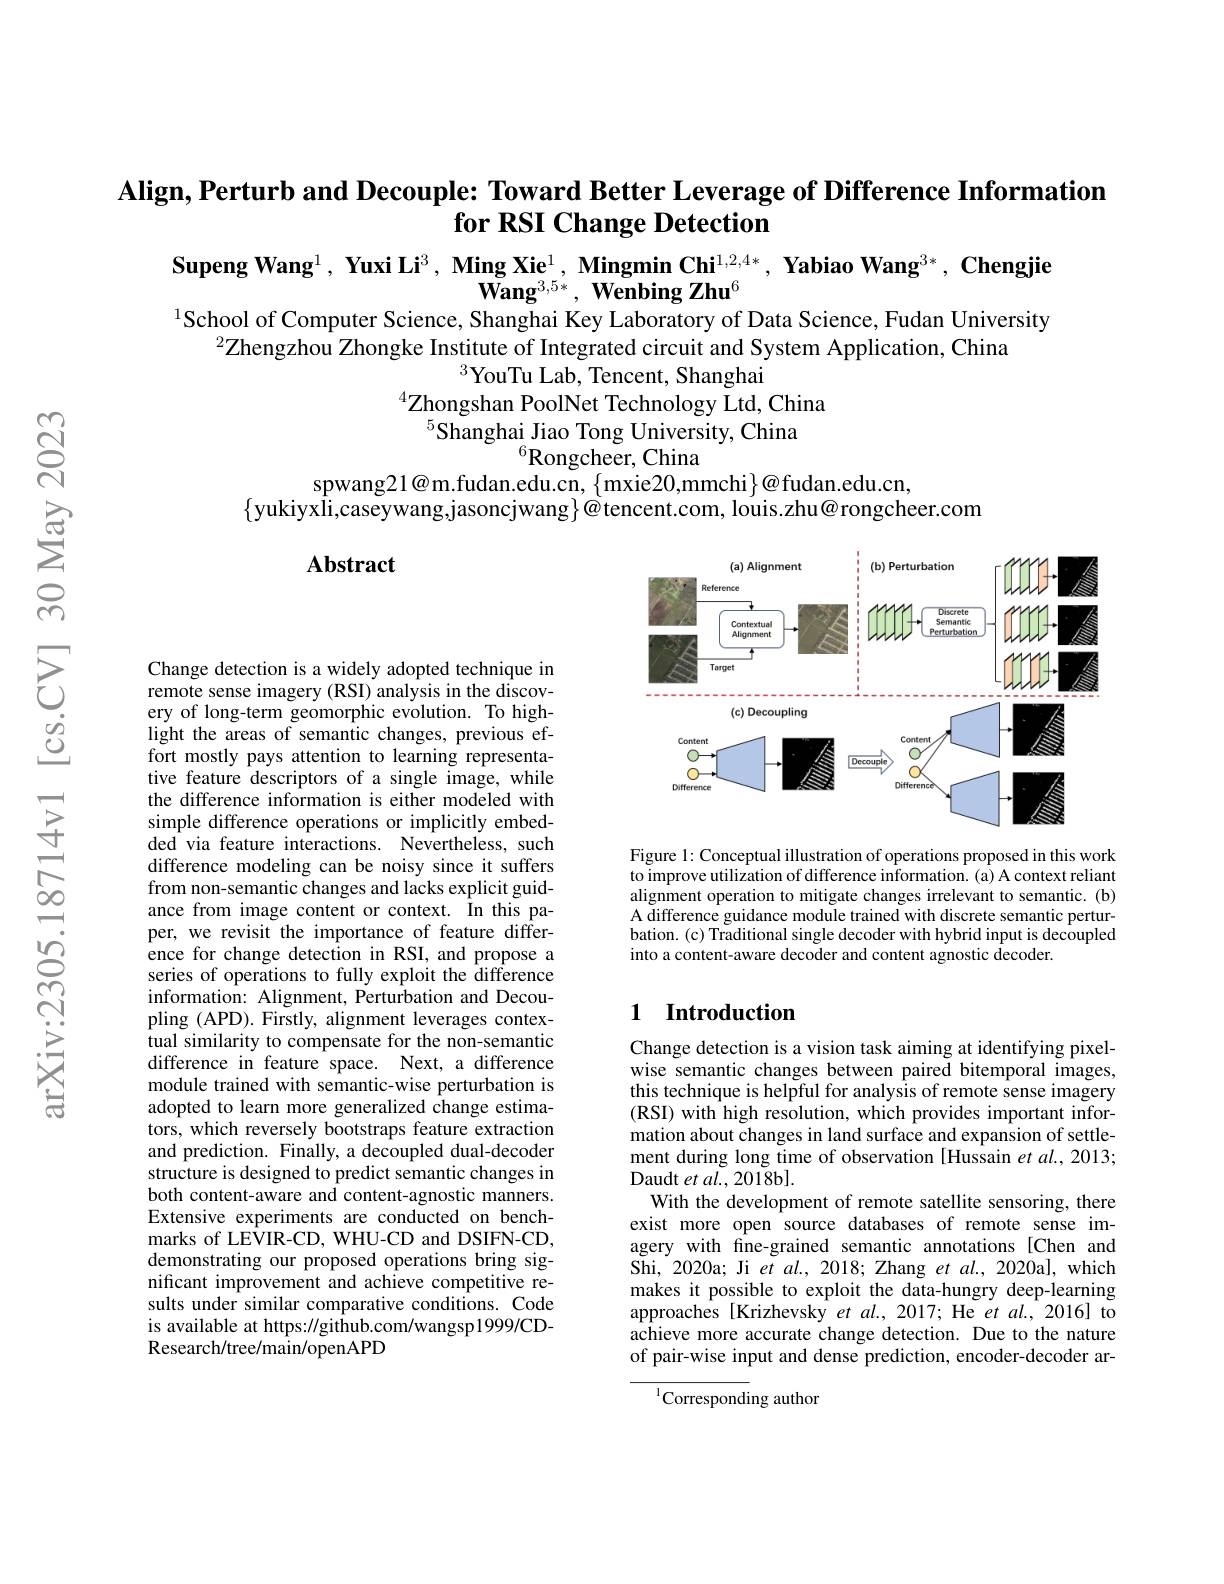
Align, Perturb and Decouple: Toward Better Leverage of Difference Information
$\textbf{for RSI Change Detection}$

$\begin{array}{c}\text{Supeng Wang}^1,\textbf{ Yuxi Li}^3,\textbf{ Ming Xie}^1,\textbf{ Mingmin Chi}^{1,2,4*},\textbf{ Yabiao Wang}^{3*},\textbf{ Chengjie}\\\textbf{Wang}^{3,5*},\textbf{ Wenbing Zhu}^6\end{array}$

$^{1}$School of Computer Science, Shanghai Key Laboratory of Data Science, Fudan University
$^{2}\hat{\text{Zhengzhou Zhongke Institute of Integrated circuit and System Application, China}}$
$^{3}$YouTu Lab, Tencent, Shanghai
$^{4}$Zhongshan PoolNet Technology Ltd, China
$^{5}$Shanghai Jiao Tong University, China
$^{6}$Rongcheer, China
spwang21@m.fudan.edu.cn, $\{$mxie20,mmchi$\}@$fudan.edu.cn,
$\{$yukiyxli,caseywang,jasoncjwang$\}@$tencent.com, louis.zhu@rongcheer.com

Abstract

<FigureHere>

Figure 1: Conceptual illustration of operations proposed in this work to improve utilization of difference information. (a) A context reliant alignment operation to mitigate changes irrelevant to semantic. (b) A difference guidance module trained with discrete semantic perturbation. (c) Traditional single decoder with hybrid input is decoupled into a content-aware decoder and content agnostic decoder.

Change detection is a widely adopted technique in remote sense imagery (RSI) analysis in the discovery of long-term geomorphic evolution. To highlight the areas of semantic changes, previous effort mostly pays attention to learning representative feature descriptors of a single image, while the difference information is either modeled with simple difference operations or implicitly embedded via feature interactions. Nevertheless, such difference modeling can be noisy since it suffers from non-semantic changes and lacks explicit guidance from image content or context. In this paper, we revisit the importance of feature difference for change detection in RSI, and propose a series of operations to fully exploit the difference information: Alignment, Perturbation and Decoupling (APD). Firstly, alignment leverages contextual similarity to compensate for the non-semantic difference in feature space. Next, a difference module trained with semantic-wise perturbation is adopted to learn more generalized change estimators, which reversely bootstraps feature extraction and prediction. Finally, a decoupled dual-decoder structure is designed to predict semantic changes in both content-aware and content-agnostic manners. Extensive experiments are conducted on benchmarks of LEVIR-CD, WHU-CD and DSIFN-CD, demonstrating our proposed operations bring significant improvement and achieve competitive results under similar comparative conditions. Code is available at https://github.com/wangsp1999/CDResearch/ tree/ main/ openAPD

## 1 Introduction

Change detection is a vision task aiming at identifying pixelwise semantic changes between paired bitemporal images, this technique is helpful for analysis of remote sense imagery (RSI) with high resolution, which provides important information about changes in land surface and expansion of settlement during long time of observation [Hussain et al., 2013; Daudt et al., 2018b].
With the development of remote satellite sensoring, there exist more open source databases of remote sense imagery with fine-grained semantic annotations [Chen and Shi, 2020a; Ji et $al.,2018;$ Zhang $etal.,2020$a], which makes it possible to exploit the data-hungry deep-learning approaches [Krizhevsky et al., 2017; He et al., 2016] to achieve more accurate change detection. Due to the nature of pair-wise input and dense prediction, encoder-decoder ar-

${^{1}\text{Corresponding author}}$